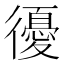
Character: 𢖒